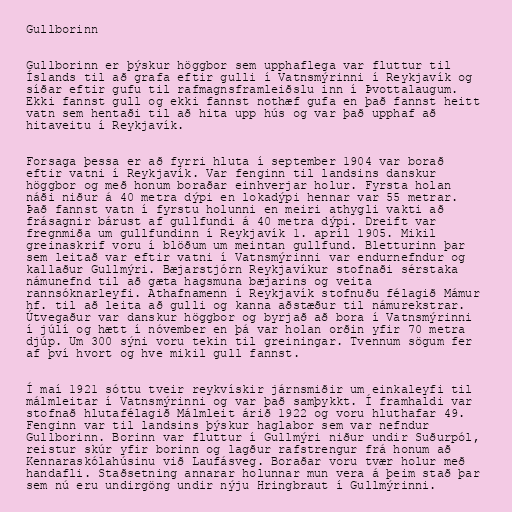
Gullborinn

Gullborinn er þýskur höggbor sem upphaflega var fluttur til
Íslands til að grafa eftir gulli í Vatnsmýrinni í Reykjavík og
síðar eftir gufu til rafmagnsframleiðslu inn í Þvottalaugum.
Ekki fannst gull og ekki fannst nothæf gufa en það fannst heitt
vatn sem hentaði til að hita upp hús og var það upphaf að
hitaveitu í Reykjavík.

Forsaga þessa er að fyrri hluta í september 1904 var borað
eftir vatni í Reykjavík. Var fenginn til landsins danskur
höggbor og með honum boraðar einhverjar holur. Fyrsta holan
náði niður á 40 metra dýpi en lokadýpi hennar var 55 metrar.
Það fannst vatn í fyrstu holunni en meiri athygli vakti að
frásagnir bárust af gullfundi á 40 metra dýpi. Dreift var
fregnmiða um gullfundinn í Reykjavík 1. apríl 1905. Mikil
greinaskrif voru í blöðum um meintan gullfund. Bletturinn þar
sem leitað var eftir vatni í Vatnsmýrinni var endurnefndur og
kallaður Gullmýri. Bæjarstjórn Reykjavíkur stofnaði sérstaka
námunefnd til að gæta hagsmuna bæjarins og veita
rannsóknarleyfi. Athafnamenn í Reykjavík stofnuðu félagið Mámur
hf. til að leita að gulli og kanna aðstæður til námurekstrar.
Útvegaður var danskur höggbor og byrjað að bora í Vatnsmýrinni
í júlí og hætt í nóvember en þá var holan orðin yfir 70 metra
djúp. Um 300 sýni voru tekin til greiningar. Tvennum sögum fer
af því hvort og hve mikil gull fannst.

Í maí 1921 sóttu tveir reykvískir járnsmiðir um einkaleyfi til
málmleitar í Vatnsmýrinni og var það samþykkt. Í framhaldi var
stofnað hlutafélagið Málmleit árið 1922 og voru hluthafar 49.
Fenginn var til landsins þýskur haglabor sem var nefndur
Gullborinn. Borinn var fluttur í Gullmýri niður undir Suðurpól,
reistur skúr yfir borinn og lagður rafstrengur frá honum að
Kennaraskólahúsinu við Laufásveg. Boraðar voru tvær holur með
handafli. Staðsetning annarar holunnar mun vera á þeim stað þar
sem nú eru undirgöng undir nýju Hringbraut í Gullmýrinni.